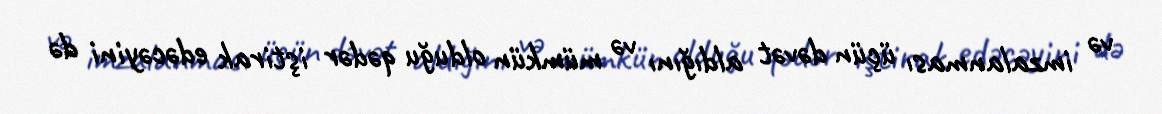
və imzalanması üçün dəvət aldığını və mümkün olduğu qədər iştirak edəcəyini də